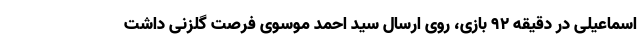
اسماعیلی در دقیقه ۹۲ بازی، روی ارسال سید احمد موسوی فرصت گلزنی داشت